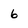
Character: 6